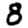
Digit: 8